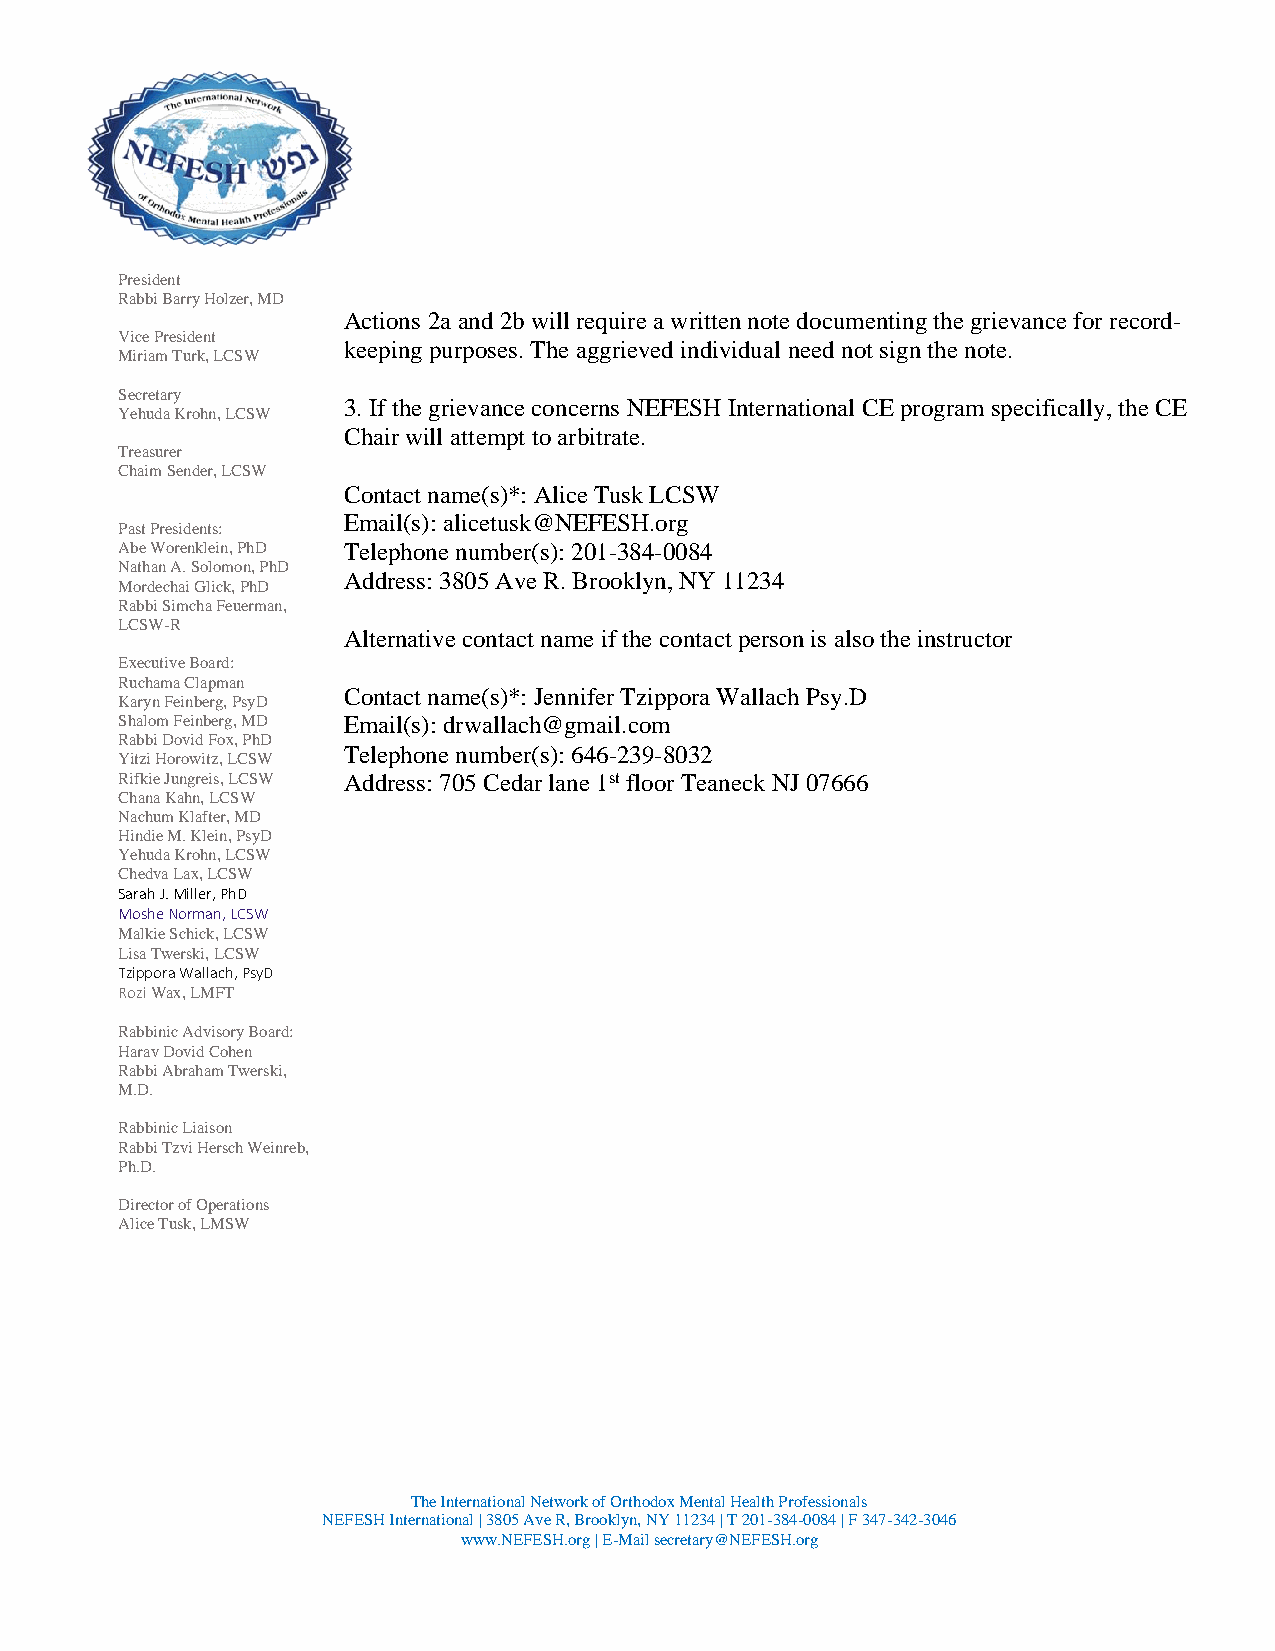
President
 Rabbi Barry Holzer, MD
 Actions 2a and 2b will require a written note documenting the grievance for record-
 Vice President
 keeping purposes. The aggrieved individual need not sign the note.
 Miriam Turk, LCSW
 Secretary
 3. If the grievance concerns NEFESH International CE program specifically, the CE
 Yehuda Krohn, LCSW
 Chair will attempt to arbitrate.
 Treasurer
 Chaim Sender, LCSW
 Contact name(s)*: Alice Tusk LCSW
 Email(s): alicetusk@NEFESH.org
 Past Presidents:
 Abe Worenklein, PhD Telephone number(s): 201-384-0084
 Nathan A. Solomon, PhD
 Address: 3805 Ave R. Brooklyn, NY 11234
 Mordechai Glick, PhD
 Rabbi Simcha Feuerman,
 LCSW-R
 Alternative contact name if the contact person is also the instructor
 Executive Board:
 Ruchama Clapman
 Contact name(s)*: Jennifer Tzippora Wallach Psy.D
 Karyn Feinberg, PsyD
 Shalom Feinberg, MD Email(s): drwallach@gmail.com
 Rabbi Dovid Fox, PhD
 Telephone number(s): 646-239-8032
 Yitzi Horowitz, LCSW
 Rifkie Jungreis, LCSW Address: 705 Cedar lane 1st floor Teaneck NJ 07666
 Chana Kahn, LCSW
 Nachum Klafter, MD
 Hindie M. Klein, PsyD
 Yehuda Krohn, LCSW
 Chedva Lax, LCSW
 Sarah J. Miller, PhD
 Moshe Norman, LCSW
 Malkie Schick, LCSW
 Lisa Twerski, LCSW
 Tzippora Wallach, PsyD
 Rozi Wax, LMFT
 Rabbinic Advisory Board:
 Harav Dovid Cohen
 Rabbi Abraham Twerski,
 M.D.
 Rabbinic Liaison
 Rabbi Tzvi Hersch Weinreb,
 Ph.D.
 Director of Operations
 Alice Tusk, LMSW
 The International Network of Orthodox Mental Health Professionals
 NEFESH International | 3805 Ave R, Brooklyn, NY 11234 | T 201-384-0084 | F 347-342-3046
 www.NEFESH.org | E-Mail secretary@NEFESH.org